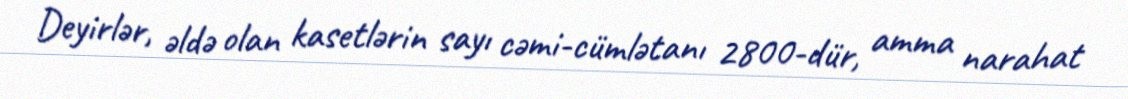
Deyirlər, əldə olan kasetlərin sayı cəmi-cümlətanı 2800-dür, amma narahat